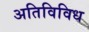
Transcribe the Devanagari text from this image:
अतिविविध